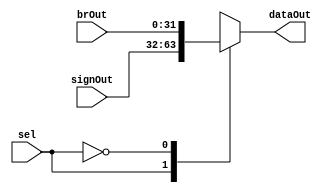
`timescale 1ns/1ns
module MUX21BR(
input [31:0] signOut,brOut,
input sel,
output reg [31:0] dataOut
);

always @(*)
begin
	case(sel)
		1'b1:
		begin
			dataOut = signOut;
		end
		1'b0:
		begin
			dataOut = brOut;
		end
	endcase
end
endmodule